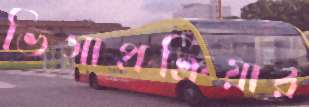
ভিসাপ্রক্রিয়ার